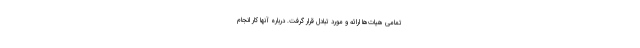
تمامی هیات‌ها ارائه و مورد تبادل قرار گرفت. درباره آنها کار انجام